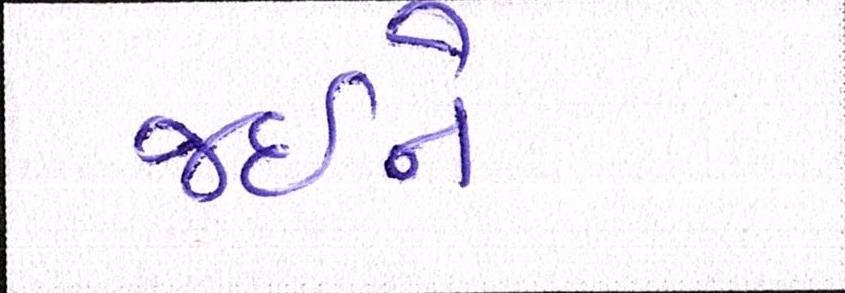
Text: જઈને